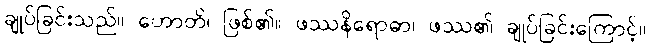
ချုပ်ခြင်းသည်။ ဟောတိ၊ ဖြစ်၏။ ဖဿနိရောဓာ၊ ဖဿ၏ ချုပ်ခြင်းကြောင့်။